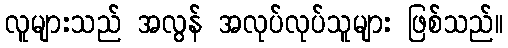
လူများသည် အလွန် အလုပ်လုပ်သူများ ဖြစ်သည်။